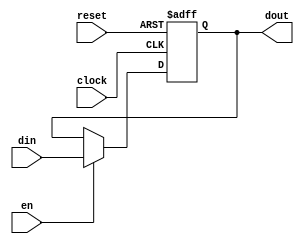
module dff(input din , input en , input clock , input reset , output reg   dout);
reg r_in;
reg r_out;


//sequential part
always @(posedge clock ,posedge reset)
begin
    if(reset)
        r_out<=0;
    else
        r_out<=r_in;
end

//combinational part
//input logic circuit
always @(*)
begin

    if(en)
        r_in=din;
    else
        r_in=r_out;
end

//output logic circuit
always @(*)
begin
    dout=r_out;
end
endmodule

`timescale  1ns/1ps




module dff_tb();
reg din;
reg  en;
reg clk;
reg reset;
wire  dout;

dff dip(din,en,clk,reset,dout);


always begin
    clk=~clk;
    #10;
end

initial begin
$dumpfile("test.vcd");
$dumpvars(0,dff_tb);
  
    clk <= 0;
    reset <= 1;
    en <= 0;
    din <= 0;            #20;
    reset <= 0;
    en <= 1;
    din <= 1;           #20;
    din<=0;             #20;

     $finish;
end

initial begin
    $monitor("clk=%b re=%b en=%b   din=%b   dout=%b\n ",clk,reset,en,din,dout);
end


endmodule